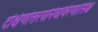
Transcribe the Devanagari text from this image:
दक्षिणोत्तरयोर्नघोर्वरणासिश्च